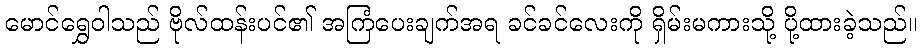
မောင်ရွှေဝါသည် ဗိုလ်ထန်းပင်၏ အကြံပေးချက်အရ ခင်ခင်လေးကို ရှိမ်းမကားသို့ ပို့ထားခဲ့သည်။